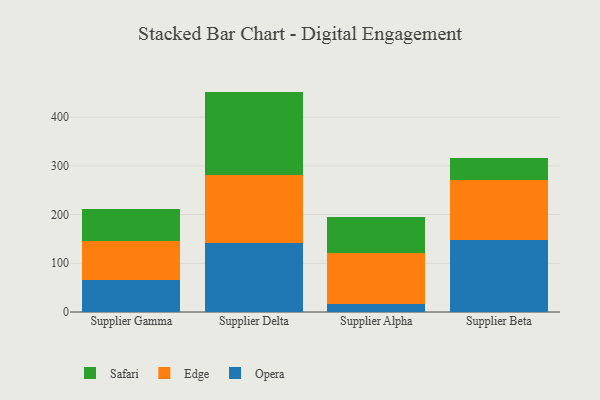
{"axis": {"x": "Supplier", "y": "Backlog"}, "legend": ["Edge", "Opera", "Safari"], "data": [{"x": "Supplier Gamma", "y": 64.7, "type": "Opera"}, {"x": "Supplier Gamma", "y": 81.1, "type": "Edge"}, {"x": "Supplier Gamma", "y": 65.1, "type": "Safari"}, {"x": "Supplier Delta", "y": 140.7, "type": "Opera"}, {"x": "Supplier Delta", "y": 140.1, "type": "Edge"}, {"x": "Supplier Delta", "y": 171.6, "type": "Safari"}, {"x": "Supplier Alpha", "y": 16.2, "type": "Opera"}, {"x": "Supplier Alpha", "y": 104.9, "type": "Edge"}, {"x": "Supplier Alpha", "y": 73.4, "type": "Safari"}, {"x": "Supplier Beta", "y": 148.7, "type": "Opera"}, {"x": "Supplier Beta", "y": 123.1, "type": "Edge"}, {"x": "Supplier Beta", "y": 44.6, "type": "Safari"}]}